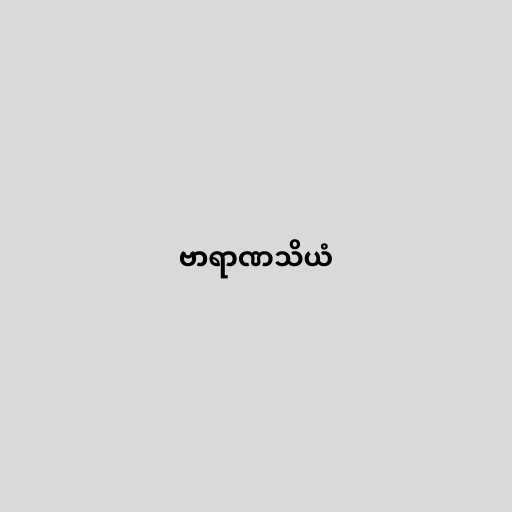
ဗာရာဏသိယံ